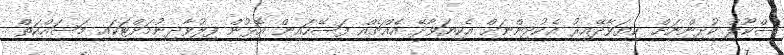
ސްކޫލް ކުދިންނަށް ކިޔަވާދޭއިރު އެކުދިންނަށް އެކިޔަވާދޭ އެެއްޗެއް ފަސޭހައިން އޮޅުން ފިލުވާދިނުމަށްޓަކައި މަސައްކަތް